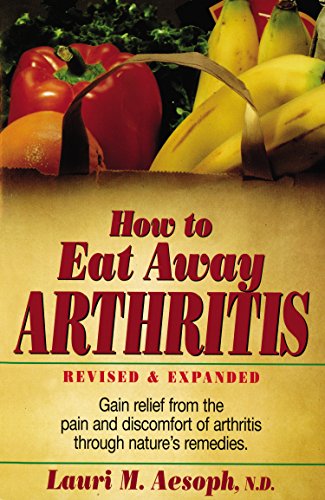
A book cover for How to Eat Away Arthritis: Gain Relief from the Pain and Discomfort of Arthritis Through Nature's Remedies; Laurie M. Aesoph; Health, Fitness & Dieting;